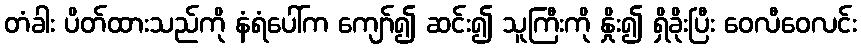
တံခါး ပိတ်ထားသည်ကို နံရံပေါ်က ကျော်၍ ဆင်း၍ သူကြီးကို နှိုး၍ ရှိခိုးပြီး ဝေလီဝေလင်း